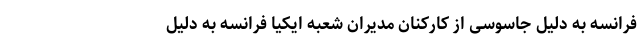
فرانسه به دلیل جاسوسی از کارکنان مدیران شعبه ایکیا فرانسه به دلیل